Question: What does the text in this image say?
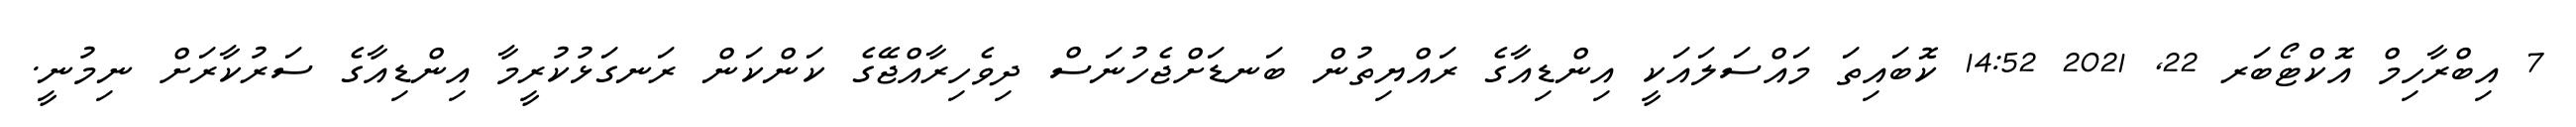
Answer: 7 އިބްރާހިމް އޮކްޓޯބަރ 22, 2021 14:52 ކޮބައިތަ މައްސަލައަކީ އިންޑިއާގެ ރައްޔިތުން ބަނޑަށްޖެހުނަސް ދިވެހިރާއްޖޭގެ ކަންކަން ރަނގަޅުކުރީމާ އިންޑިއާގެ ސަރުކާރަށް ނިމުނީ.